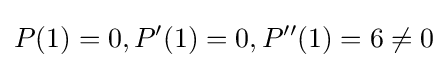
P(1)=0,P'(1)=0,P''(1)=6\neq 0